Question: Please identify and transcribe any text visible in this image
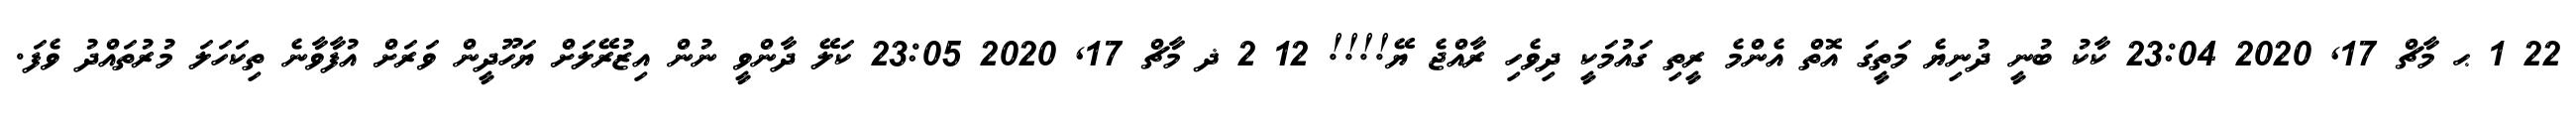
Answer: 22 1 ޙ މާޗް 17, 2020 23:04 ކާކު ބުނީ ދުނިޔެ މަތީގަ އޮތް އެންމެ ރީތި ގައުމަކީ ދިވެހި ރާއްޖެ ޔޭ!!!! 12 2 ޛ މާޗް 17, 2020 23:05 ކަލޭ ދާންވީ ނުން އިޒުރޭލަށް ޔަހޫދީން ވަރަށް އުފާވާނެ ތިކަހަލަ މުރުތައްދު ވެފަ.